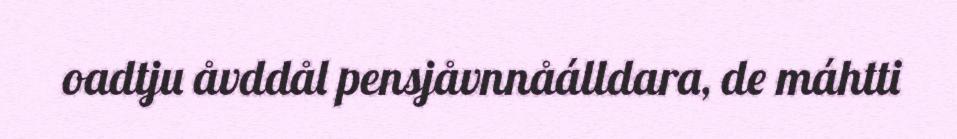
oadtju åvddål pensjåvnnåálldara, de máhtti